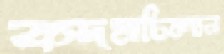
কদমচিলান